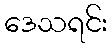
ဒေသရင်း